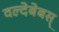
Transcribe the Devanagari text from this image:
वल्देबेबस्